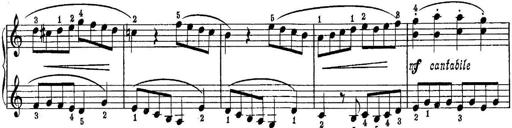
Title: Quatres sonatines
Composer: Tadeusz Joteyko